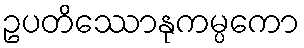
ဥပတိဿောနုကမ္ပကော